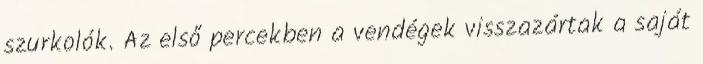
szurkolók. Az első percekben a vendégek visszazártak a saját